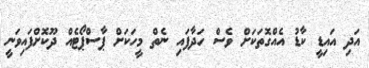
އަދި އައިޑީ ކާޑު އެއްގޮތަކަށް ވެސް ހަދާފައި ނެތް މީހަކަށް ޕާސްޕޯޓެއް ދޫކޮށްފައިވަނީ